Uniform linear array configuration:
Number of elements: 32
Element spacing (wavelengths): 0.75
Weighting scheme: hann
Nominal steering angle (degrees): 15
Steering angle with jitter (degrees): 15.924
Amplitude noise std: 0.05
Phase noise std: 0.05

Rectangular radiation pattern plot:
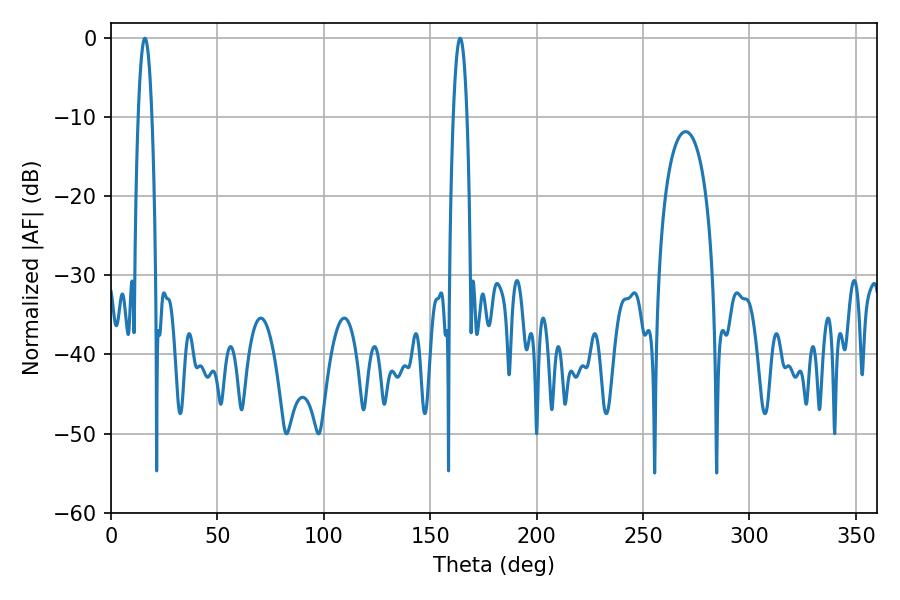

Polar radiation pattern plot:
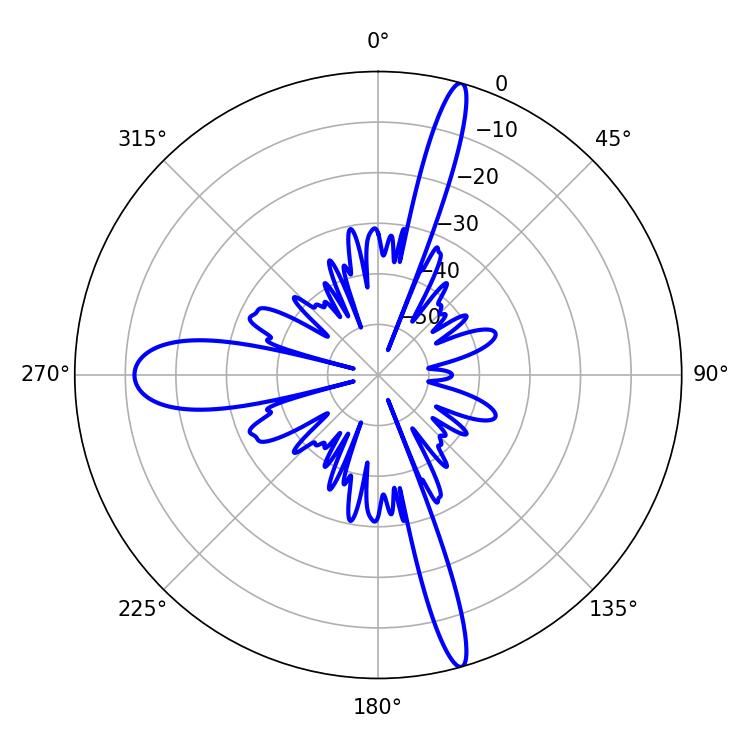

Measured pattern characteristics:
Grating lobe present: TRUE
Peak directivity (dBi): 19.462
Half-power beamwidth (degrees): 3.42
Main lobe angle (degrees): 16.02